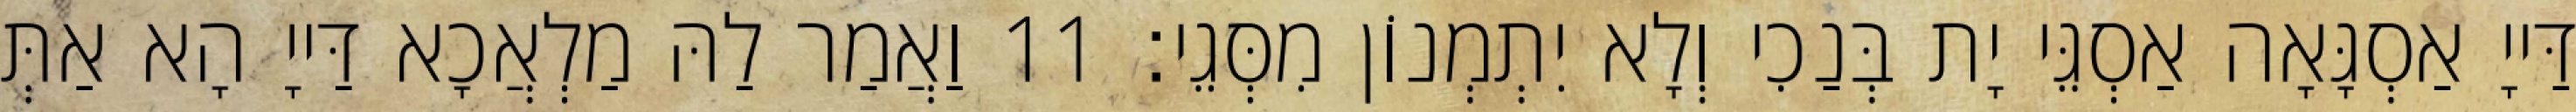
דַּייָ אַסְגָּאָה אַסְגֵּי יָת בְּנַכִי וְלָא יִתְמְנוֹן מִסְּגֵי׃ 11 וַאֲמַר לַהּ מַלְאֲכָא דַּייָ הָא אַתְּ